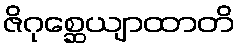
ဇိဂုစ္ဆေယျာထာတိ